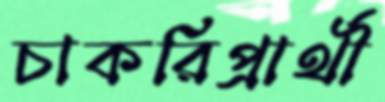
চাকরিপ্রার্থী